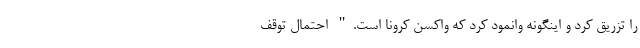
را تزریق کرد و اینگونه وانمود کرد که واکسن کرونا است." احتمال توقف